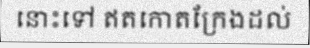
នោះទៅ ឥតកោតក្រែងដល់